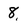
Character: 8